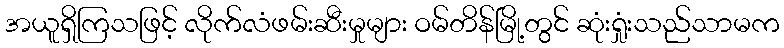
အယူရှိကြသဖြင့် လိုက်လံဖမ်းဆီးမှုများ ဝမ်တိန်မြို့တွင် ဆုံးရှုံးသည်သာမက